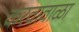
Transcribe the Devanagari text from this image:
करवावाळा